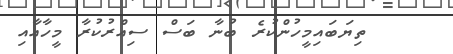
ތިޔަބައިމީހުންކުރެ ބުނާ ބަސް ސިއްރުކުރާ މީހާއާއި